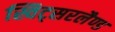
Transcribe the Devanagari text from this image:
स्विट्सरलैण्ड